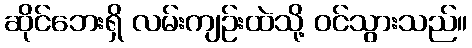
ဆိုင်ဘေးရှိ လမ်းကျဉ်းထဲသို့ ဝင်သွားသည်။